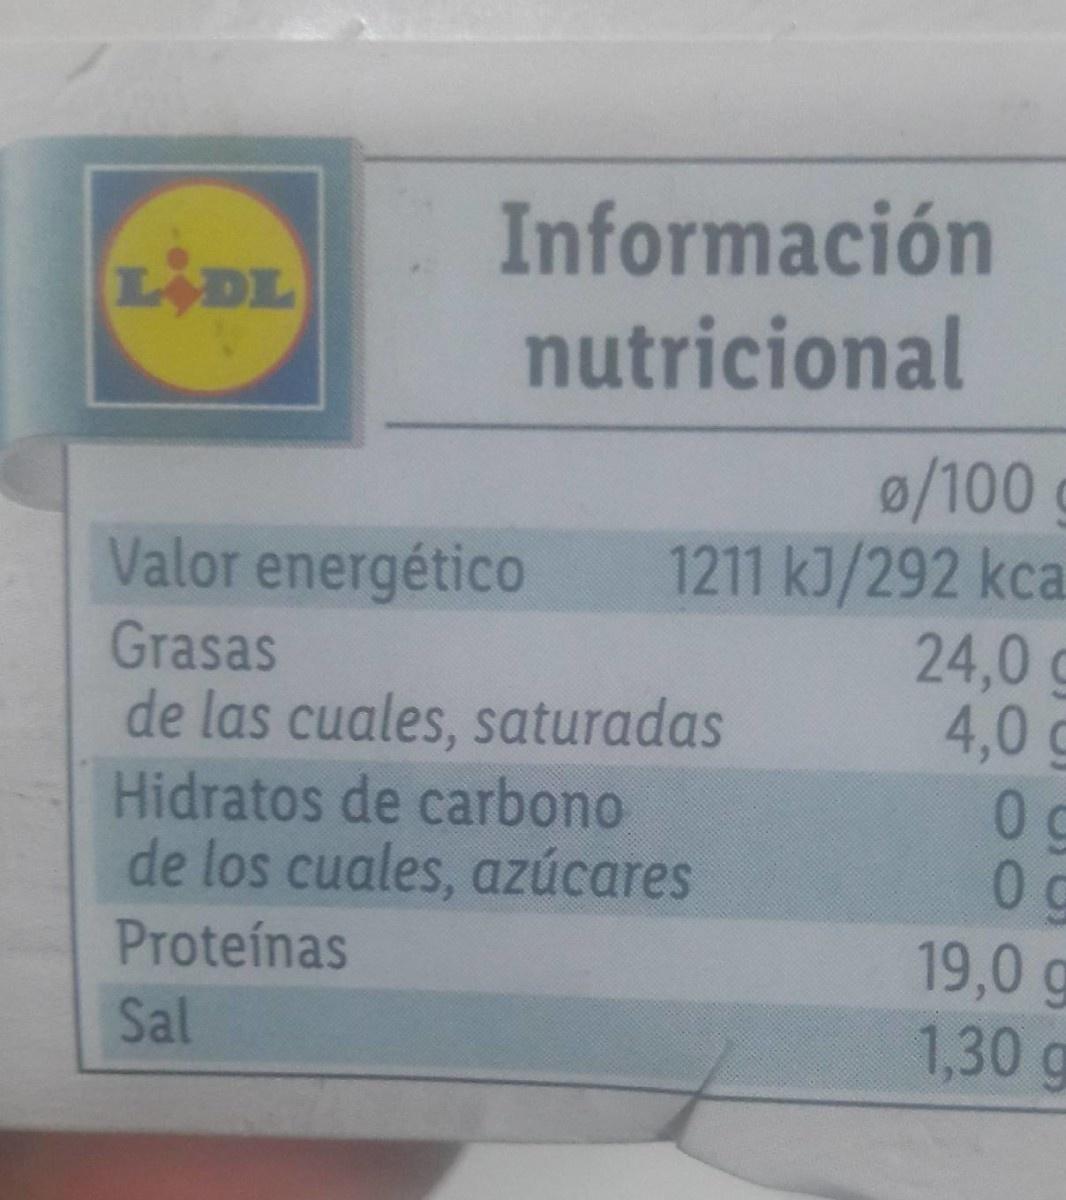
Información
LIDL
nutricional
0/100g 1211 kJ/292 kca 24,0 g 4,0 g
Valor energético
Grasas de las cuales, saturadas Hidratos de carbono de los cuales, azúcares
0
19,0 g 1,30g
Proteínas
Sal